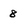
Character: 8